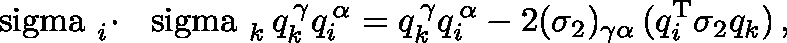
\mathrm { \boldmath ~ \ s i g m a ~ } _ { i } \! \cdot \mathrm { \boldmath ~ \ s i g m a ~ } _ { k } \, q _ { k } ^ { \, \gamma } q _ { i } ^ { \, \alpha } = q _ { k } ^ { \, \gamma } q _ { i } ^ { \, \alpha } - 2 ( \sigma _ { 2 } ) _ { \gamma \alpha } \, ( q _ { i } ^ { \mathrm { T } } \sigma _ { 2 } q _ { k } ) \, ,